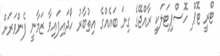
ޓްރީ ޓޮޕް ހޮސްޕިޓަލަކީ ރާއްޖޭގެ ގިނަ ބައެއްގެ އިތުބާރު ހޯދައިފައިވާ ޒަމާނީ ފެންވަރަށް